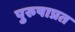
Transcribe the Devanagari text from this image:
पुरुषाप्रत